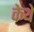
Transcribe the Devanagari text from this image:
केथे